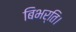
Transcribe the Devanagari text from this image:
बिभर्ति।